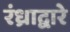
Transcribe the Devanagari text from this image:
रंध्राद्वारे